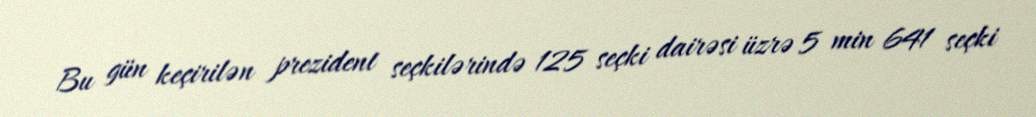
Bu gün keçirilən prezident seçkilərində 125 seçki dairəsi üzrə 5 min 641 seçki